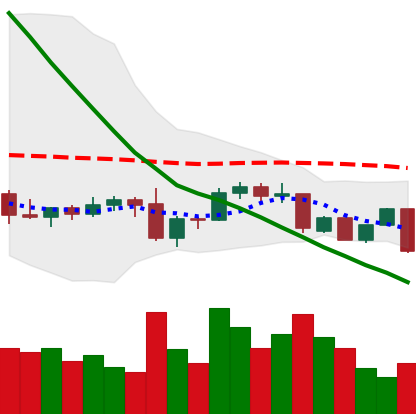
Ticker: DOGE-USD
Chart end date: 2022-09-18
Forward return: 10.111%
Label: up_7plus